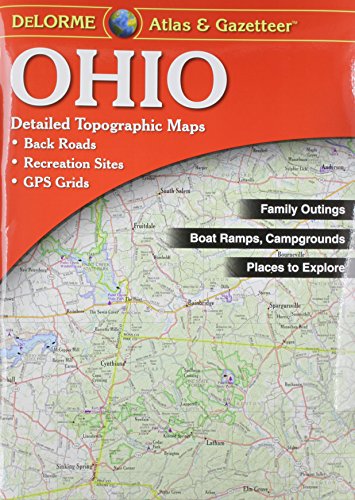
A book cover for Ohio Atlas & Gazetteer; Delorme; Reference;